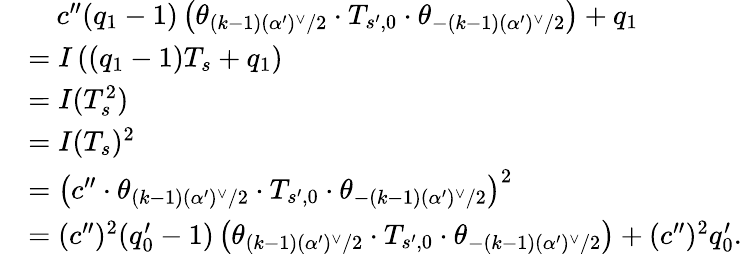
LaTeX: \begin{array}{rl}&{\quad c^{\prime\prime}(q_{1}-1)\left(\theta_{(k-1)(\alpha^{\prime})^{\vee}/2}\cdot T_{s^{\prime},0}\cdot\theta_{-(k-1)(\alpha^{\prime})^{\vee}/2}\right)+q_{1}}\\ &{=I\left((q_{1}-1)T_{s}+q_{1}\right)}\\ &{=I(T_{s}^{2})}\\ &{=I(T_{s})^{2}}\\ &{=\left(c^{\prime\prime}\cdot\theta_{(k-1)(\alpha^{\prime})^{\vee}/2}\cdot T_{s^{\prime},0}\cdot\theta_{-(k-1)(\alpha^{\prime})^{\vee}/2}\right)^{2}}\\ &{=(c^{\prime\prime})^{2}(q_{0}^{\prime}-1)\left(\theta_{(k-1)(\alpha^{\prime})^{\vee}/2}\cdot T_{s^{\prime},0}\cdot\theta_{-(k-1)(\alpha^{\prime})^{\vee}/2}\right)+(c^{\prime\prime})^{2}q_{0}^{\prime}.}\end{array}